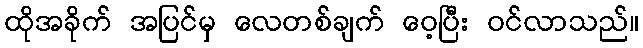
ထိုအခိုက် အပြင်မှ လေတစ်ချက် ဝေ့ပြီး ဝင်လာသည်။